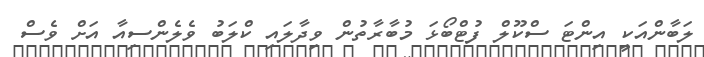
ލަބާންއަކީ އިންޓަ ސްކޫލް ފުޓްބޯޅަ މުބާރާތުން ވިދާލައި ކްލަބު ވެެލެންސިއާ އަށް ވެސް